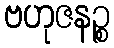
ဗဟုဇနဉ္စ